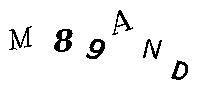
M89AND